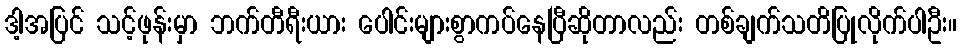
ဒါ့အပြင် သင့်ဖုန်းမှာ ဘက်တီရီးယား ပေါင်းများစွာကပ်နေပြီဆိုတာလည်း တစ်ချက်သတိပြုလိုက်ပါဦး။